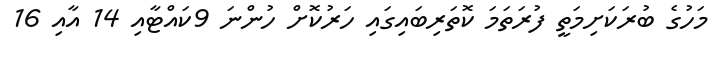
މަހުގެ ބުރަކަށިމަތީ ފުރަތަމަ ކޮތަރިބައިގައި ހަރުކޮށް ހުންނަ 9ކައްޓާއި 14 އާއި 16